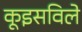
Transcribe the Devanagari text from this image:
कूइसविले